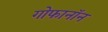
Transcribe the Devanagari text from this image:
गोफानॉन